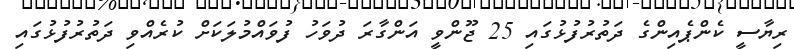
ރިޔާސީ ކެންޕެއިންގެ ދަތުރުފުޅުގައި 25 ޖޫންވީ އަންގާރަ ދުވަހު ފުވައްމުލަކަށް ކުރެއްވި ދަތުރުފުޅުގައި